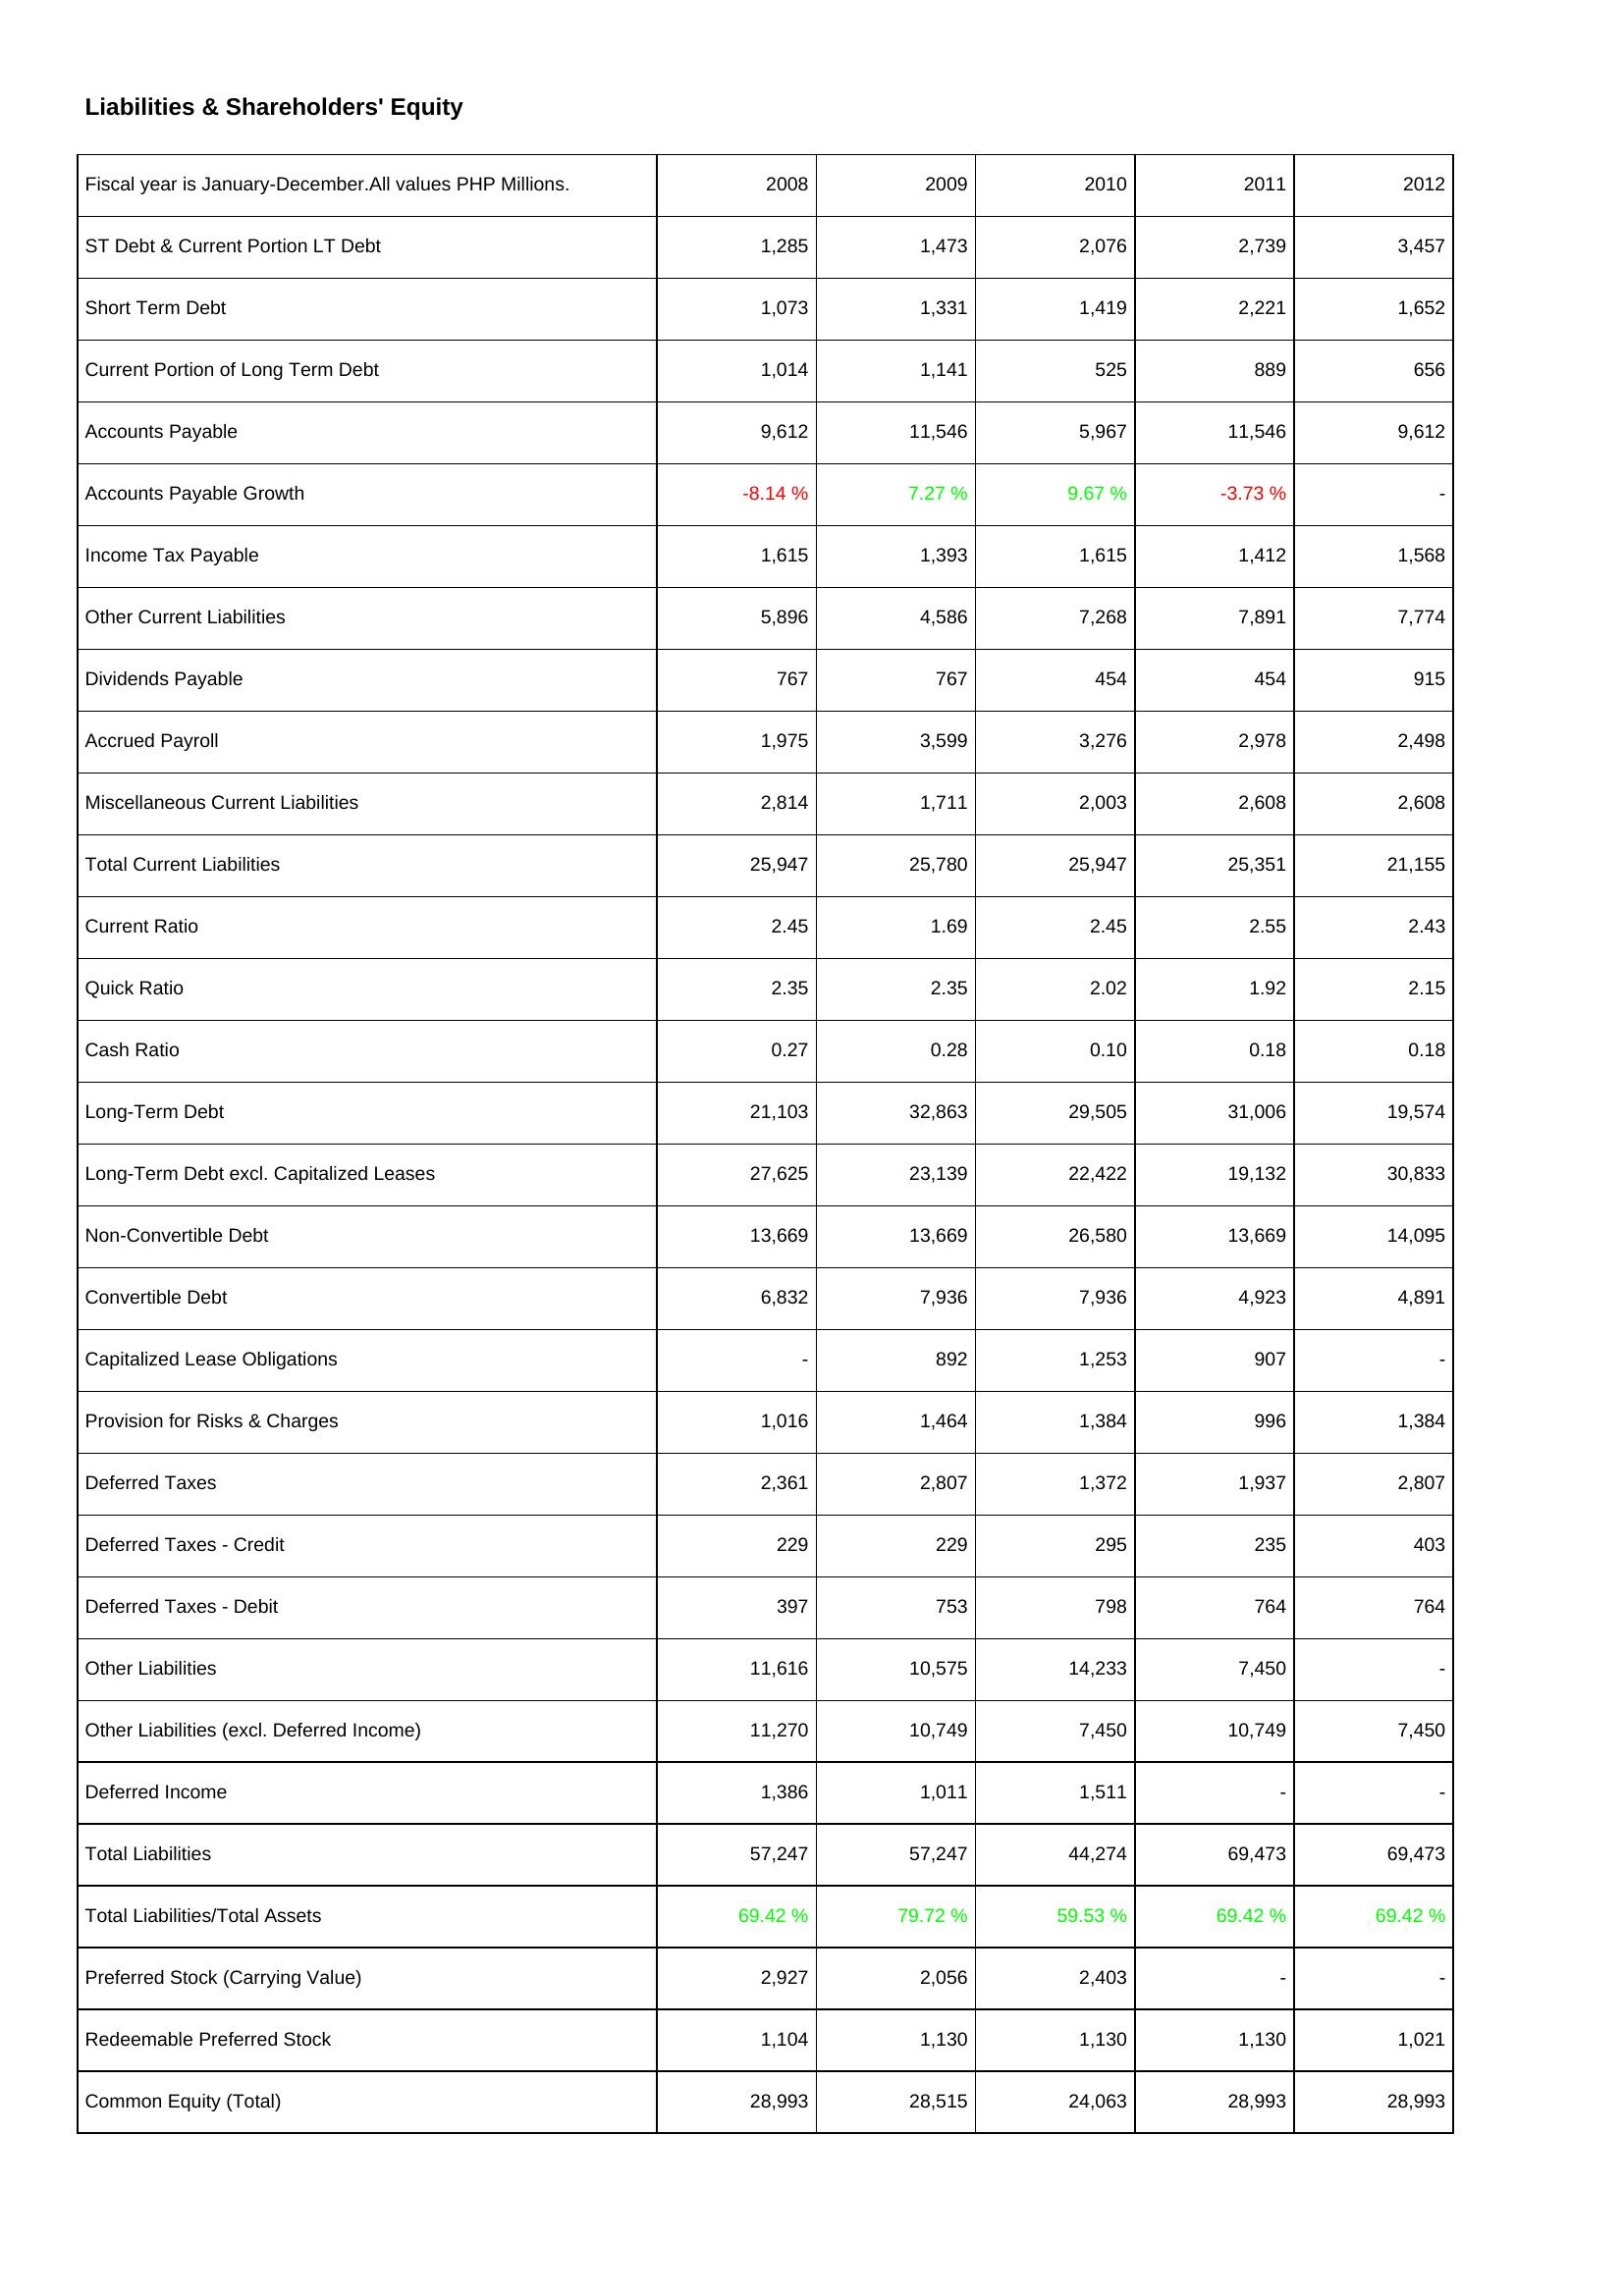
2008: Liabilities & Shareholders' Equity: ST Debt & Current Portion LT Debt: 1,285
Short Term Debt: 1,073
Current Portion of Long Term Debt: 1,014
Accounts Payable: 9,612
Accounts Payable Growth: -8.14 %
Income Tax Payable: 1,615
Other Current Liabilities: 5,896
Dividends Payable: 767
Accrued Payroll: 1,975
Miscellaneous Current Liabilities: 2,814
Total Current Liabilities: 25,947
Current Ratio: 2.45
Quick Ratio: 2.35
Cash Ratio: 0.27
Long-Term Debt: 21,103
Long-Term Debt excl. Capitalized Leases: 27,625
Non-Convertible Debt: 13,669
Convertible Debt: 6,832
Capitalized Lease Obligations: -
Provision for Risks & Charges: 1,016
Deferred Taxes: 2,361
Deferred Taxes - Credit: 229
Deferred Taxes - Debit: 397
Other Liabilities: 11,616
Other Liabilities (excl. Deferred Income): 11,270
Deferred Income: 1,386
Total Liabilities: 57,247
Total Liabilities/Total Assets: 69.42 %
Preferred Stock (Carrying Value): 2,927
Redeemable Preferred Stock: 1,104
Common Equity (Total): 28,993
2009: Liabilities & Shareholders' Equity: ST Debt & Current Portion LT Debt: 1,473
Short Term Debt: 1,331
Current Portion of Long Term Debt: 1,141
Accounts Payable: 11,546
Accounts Payable Growth: 7.27 %
Income Tax Payable: 1,393
Other Current Liabilities: 4,586
Dividends Payable: 767
Accrued Payroll: 3,599
Miscellaneous Current Liabilities: 1,711
Total Current Liabilities: 25,780
Current Ratio: 1.69
Quick Ratio: 2.35
Cash Ratio: 0.28
Long-Term Debt: 32,863
Long-Term Debt excl. Capitalized Leases: 23,139
Non-Convertible Debt: 13,669
Convertible Debt: 7,936
Capitalized Lease Obligations: 892
Provision for Risks & Charges: 1,464
Deferred Taxes: 2,807
Deferred Taxes - Credit: 229
Deferred Taxes - Debit: 753
Other Liabilities: 10,575
Other Liabilities (excl. Deferred Income): 10,749
Deferred Income: 1,011
Total Liabilities: 57,247
Total Liabilities/Total Assets: 79.72 %
Preferred Stock (Carrying Value): 2,056
Redeemable Preferred Stock: 1,130
Common Equity (Total): 28,515
2010: Liabilities & Shareholders' Equity: ST Debt & Current Portion LT Debt: 2,076
Short Term Debt: 1,419
Current Portion of Long Term Debt: 525
Accounts Payable: 5,967
Accounts Payable Growth: 9.67 %
Income Tax Payable: 1,615
Other Current Liabilities: 7,268
Dividends Payable: 454
Accrued Payroll: 3,276
Miscellaneous Current Liabilities: 2,003
Total Current Liabilities: 25,947
Current Ratio: 2.45
Quick Ratio: 2.02
Cash Ratio: 0.10
Long-Term Debt: 29,505
Long-Term Debt excl. Capitalized Leases: 22,422
Non-Convertible Debt: 26,580
Convertible Debt: 7,936
Capitalized Lease Obligations: 1,253
Provision for Risks & Charges: 1,384
Deferred Taxes: 1,372
Deferred Taxes - Credit: 295
Deferred Taxes - Debit: 798
Other Liabilities: 14,233
Other Liabilities (excl. Deferred Income): 7,450
Deferred Income: 1,511
Total Liabilities: 44,274
Total Liabilities/Total Assets: 59.53 %
Preferred Stock (Carrying Value): 2,403
Redeemable Preferred Stock: 1,130
Common Equity (Total): 24,063
2011: Liabilities & Shareholders' Equity: ST Debt & Current Portion LT Debt: 2,739
Short Term Debt: 2,221
Current Portion of Long Term Debt: 889
Accounts Payable: 11,546
Accounts Payable Growth: -3.73 %
Income Tax Payable: 1,412
Other Current Liabilities: 7,891
Dividends Payable: 454
Accrued Payroll: 2,978
Miscellaneous Current Liabilities: 2,608
Total Current Liabilities: 25,351
Current Ratio: 2.55
Quick Ratio: 1.92
Cash Ratio: 0.18
Long-Term Debt: 31,006
Long-Term Debt excl. Capitalized Leases: 19,132
Non-Convertible Debt: 13,669
Convertible Debt: 4,923
Capitalized Lease Obligations: 907
Provision for Risks & Charges: 996
Deferred Taxes: 1,937
Deferred Taxes - Credit: 235
Deferred Taxes - Debit: 764
Other Liabilities: 7,450
Other Liabilities (excl. Deferred Income): 10,749
Deferred Income: -
Total Liabilities: 69,473
Total Liabilities/Total Assets: 69.42 %
Preferred Stock (Carrying Value): -
Redeemable Preferred Stock: 1,130
Common Equity (Total): 28,993
2012: Liabilities & Shareholders' Equity: ST Debt & Current Portion LT Debt: 3,457
Short Term Debt: 1,652
Current Portion of Long Term Debt: 656
Accounts Payable: 9,612
Accounts Payable Growth: -
Income Tax Payable: 1,568
Other Current Liabilities: 7,774
Dividends Payable: 915
Accrued Payroll: 2,498
Miscellaneous Current Liabilities: 2,608
Total Current Liabilities: 21,155
Current Ratio: 2.43
Quick Ratio: 2.15
Cash Ratio: 0.18
Long-Term Debt: 19,574
Long-Term Debt excl. Capitalized Leases: 30,833
Non-Convertible Debt: 14,095
Convertible Debt: 4,891
Capitalized Lease Obligations: -
Provision for Risks & Charges: 1,384
Deferred Taxes: 2,807
Deferred Taxes - Credit: 403
Deferred Taxes - Debit: 764
Other Liabilities: -
Other Liabilities (excl. Deferred Income): 7,450
Deferred Income: -
Total Liabilities: 69,473
Total Liabilities/Total Assets: 69.42 %
Preferred Stock (Carrying Value): -
Redeemable Preferred Stock: 1,021
Common Equity (Total): 28,993